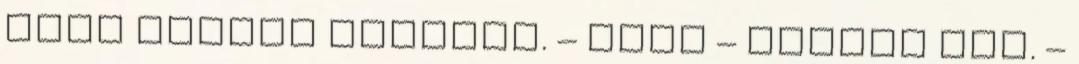
csak tovább bámulja. – Szia – szólal meg. –